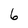
Character: 6